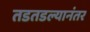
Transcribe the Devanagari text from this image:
तडतडल्यानंतर